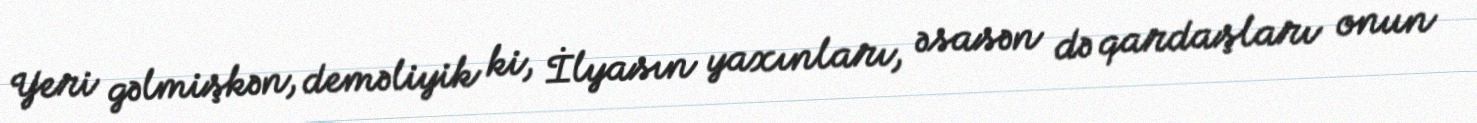
Yeri gəlmişkən, deməliyik ki, İlyasın yaxınları, əsasən də qardaşları onun